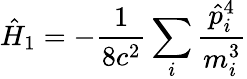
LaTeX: {\hat{H}}_{1}=-{\frac{1}{8c^{2}}}\sum_{i}{\frac{{\hat{p}}_{i}^{4}}{m_{i}^{3}}}